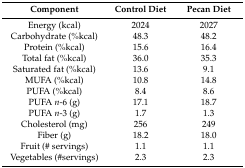
<table><thead><tr><td><b>Component</b></td><td><b>Control Diet</b></td><td><b>Pecan Diet</b></td></tr></thead><tbody><tr><td>Energy (kcal)</td><td>2024</td><td>2027</td></tr><tr><td>Carbohydrate (%kcal)</td><td>48.3</td><td>48.2</td></tr><tr><td>Protein (%kcal)</td><td>15.6</td><td>16.4</td></tr><tr><td>Total fat (%kcal)</td><td>36.0</td><td>35.3</td></tr><tr><td>Saturated fat (%kcal)</td><td>13.6</td><td>9.1</td></tr><tr><td>MUFA (%kcal)</td><td>10.8</td><td>14.8</td></tr><tr><td>PUFA (%kcal)</td><td>8.4</td><td>8.6</td></tr><tr><td>PUFA <i>n</i>-6 (g)</td><td>17.1</td><td>18.7</td></tr><tr><td>PUFA <i>n</i>-3 (g)</td><td>1.7</td><td>1.3</td></tr><tr><td>Cholesterol (mg)</td><td>256</td><td>249</td></tr><tr><td>Fiber (g)</td><td>18.2</td><td>18.0</td></tr><tr><td>Fruit (# servings)</td><td>1.1</td><td>1.1</td></tr><tr><td>Vegetables (#servings)</td><td>2.3</td><td>2.3</td></tr></tbody></table>